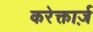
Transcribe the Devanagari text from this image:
करेक्तार्ज़